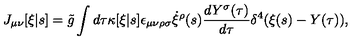
J _ { \mu \nu } [ \xi | s ] = \tilde { g } \int d \tau \kappa [ \xi | s ] \epsilon _ { \mu \nu \rho \sigma } \dot { \xi } ^ { \rho } ( s ) \frac { d Y ^ { \sigma } ( \tau ) } { d \tau } \delta ^ { 4 } ( \xi ( s ) - Y ( \tau ) ) ,